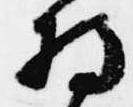
将